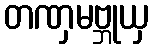
တဏှမဗ္ဘုယှ